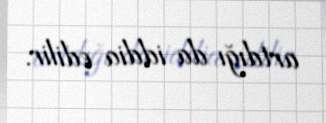
artdığı da iddia edilir.